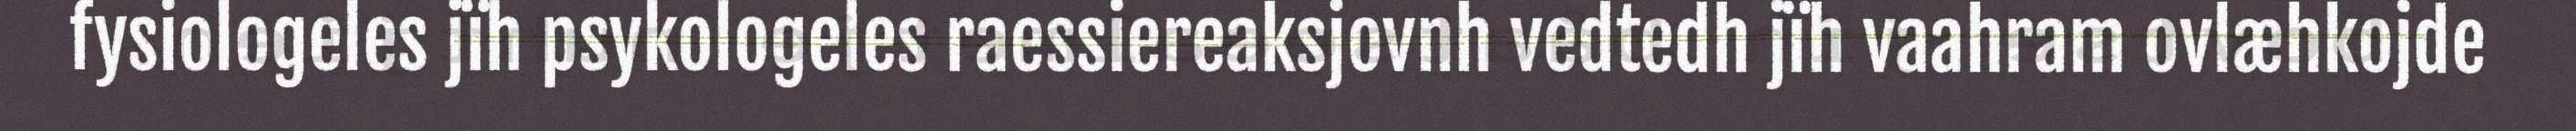
fysiologeles jïh psykologeles raessiereaksjovnh vedtedh jïh vaahram ovlæhkojde